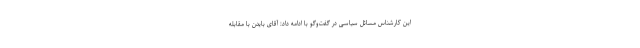
این کارشناس مسائل سیاسی در گفت‌وگو با ادامه داد: آقای بایدن با مقابله